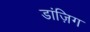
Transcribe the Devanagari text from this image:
डांज़िग